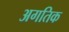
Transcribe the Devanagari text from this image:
अगतिक